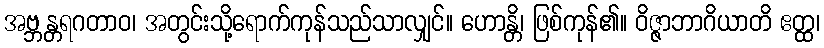
အဗ္ဘန္တရဂတာဝ၊ အတွင်းသို့ရောက်ကုန်သည်သာလျှင်။ ဟောန္တိ၊ ဖြစ်ကုန်၏။ ဝိဇ္ဇာဘာဂိယာတိ ဧတ္ထ၊